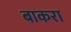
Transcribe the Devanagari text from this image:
बाकरा